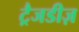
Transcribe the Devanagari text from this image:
ट्रैजडीज़